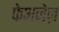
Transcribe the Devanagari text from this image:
फेअजेज़